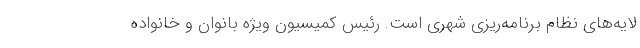
لایه‌های نظام برنامه‌ریزی شهری است. رئیس کمیسیون ویژه بانوان و خانواده